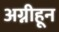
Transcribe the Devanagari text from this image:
अग्नीहून